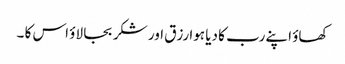
کھاؤ اپنے رب کا دیا ہوا رزق اور شکر بجا لاؤ اس کا ۔